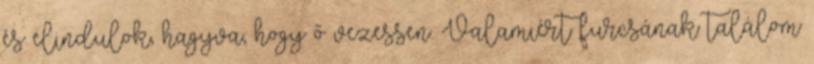
és elindulok, hagyva, hogy ő vezessen. Valamiért furcsának találom